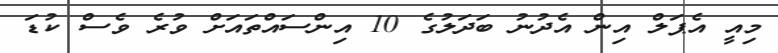
މިއީ އެޕަލް އިން އެދުނު ބަދަލުގެ 10 އިންސައްތައަށް ވުރެ ވެސް ކުޑަ